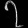
Digit: ၇